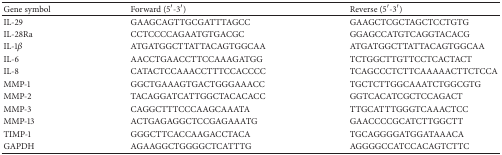
<table><thead><tr><td><b>Gene symbol</b></td><td><b>Forward (5′-3′)</b></td><td><b>Reverse (5′-3′)</b></td></tr></thead><tbody><tr><td>IL-29</td><td>GAAGCAGTTGCGATTTAGCC </td><td>GAAGCTCGCTAGCTCCTGTG</td></tr><tr><td>IL-28Ra</td><td>CCTCCCCAGAATGTGACGC</td><td>GGAGCCATGTCAGGTACACG</td></tr><tr><td>IL-1<i>β</i></td><td>ATGATGGCTTATTACAGTGGCAA</td><td>ATGATGGCTTATTACAGTGGCAA</td></tr><tr><td>IL-6</td><td>AACCTGAACCTTCCAAAGATGG</td><td>TCTGGCTTGTTCCTCACTACT</td></tr><tr><td>IL-8</td><td>CATACTCCAAACCTTTCCACCCC</td><td>TCAGCCCTCTTCAAAAACTTCTCCA</td></tr><tr><td>MMP-1</td><td>GGCTGAAAGTGACTGGGAAACC</td><td>TGCTCTTGGCAAATCTGGCGTG</td></tr><tr><td>MMP-2</td><td>TACAGGATCATTGGCTACACACC</td><td>GGTCACATCGCTCCAGACT</td></tr><tr><td>MMP-3</td><td>CAGGCTTTCCCAAGCAAATA</td><td>TTGCATTTGGGTCAAACTCC</td></tr><tr><td>MMP-13</td><td>ACTGAGAGGCTCCGAGAAATG</td><td>GAACCCCGCATCTTGGCTT</td></tr><tr><td>TIMP-1</td><td>GGGCTTCACCAAGACCTACA</td><td>TGCAGGGGATGGATAAACA</td></tr><tr><td>GAPDH</td><td>AGAAGGCTGGGGCTCATTTG</td><td>AGGGGCCATCCACAGTCTTC</td></tr></tbody></table>